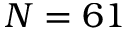
N = 6 1